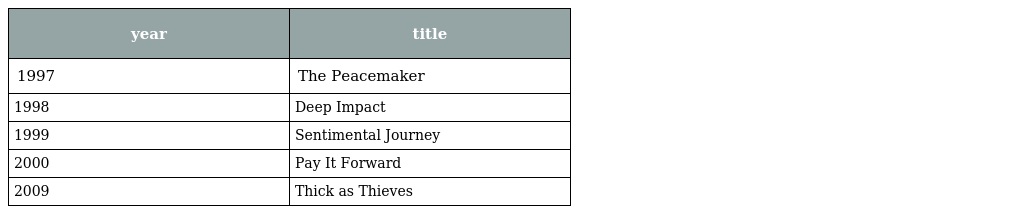
| year | title |
 | --- | --- |
 | 1997 | The Peacemaker |
 | 1998 | Deep Impact |
 | 1999 | Sentimental Journey |
 | 2000 | Pay It Forward |
 | 2009 | Thick as Thieves |